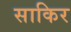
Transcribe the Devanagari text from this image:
साकिर